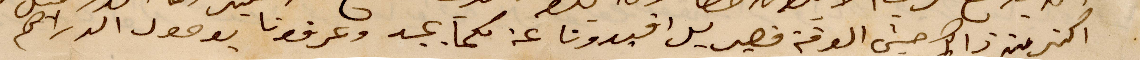
اكثر من ذاك حيث الوقت قصير بل افيدونا عن كما وعرفونا بوصول الدراهم